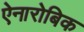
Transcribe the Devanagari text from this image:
ऐनारोबिक